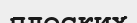
плоских